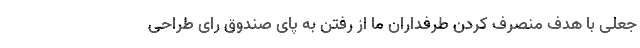
جعلی با هدف منصرف کردن طرفداران ما از رفتن به پای صندوق رای طراحی